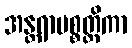
အန္တရာပစ္စတ္ထိကာ